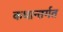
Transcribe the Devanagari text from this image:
कथान्तर्गत